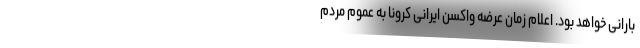
بارانی خواهد بود. اعلام زمان عرضه واکسن ایرانی کرونا به عموم مردم